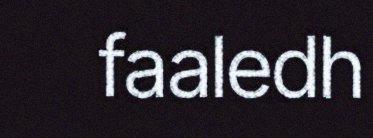
faaledh